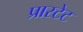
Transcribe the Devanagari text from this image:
प्रास्टेट